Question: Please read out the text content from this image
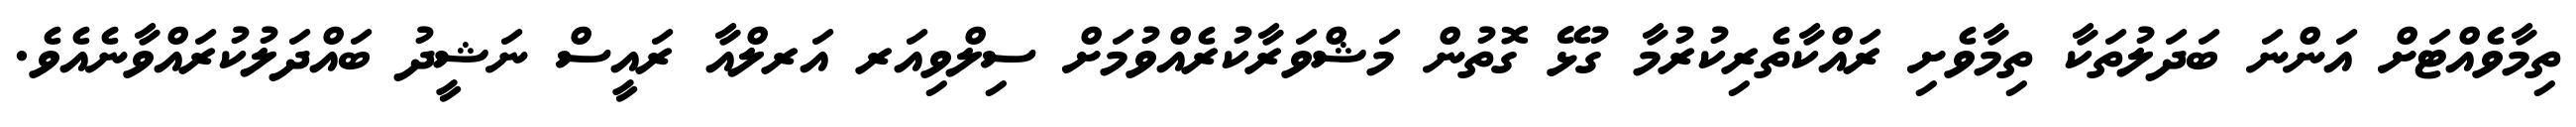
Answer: ތިމާވެއްޓަށް އަންނަ ބަދަލުތަކާ ތިމާވެށި ރައްކާތެރިކުރުމާ ގުޅޭ ގޮތުން މަޝްވަރާކުރެއްވުމަށް ސިލްވިއަރ އަރލްއާ ރައީސް ނަޝީދު ބައްދަލުކުރައްވާނެއެވެ.